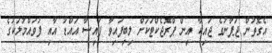
އެގޮތުން ޖަޕާނުގެ ޖައިކާ އިން ޕްރޮޖެކްޓަކަށް ލިބިފައިވާ ފައިސާ އައްޑު އާއި ފުވައްމުލަކުގެ